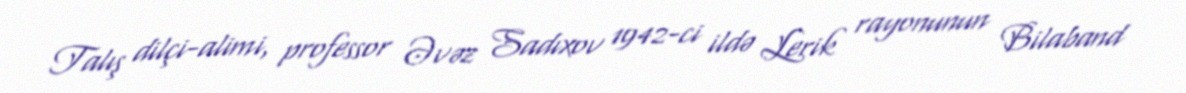
Talış dilçi-alimi, professor Əvəz Sadıxov 1942-ci ildə Lerik rayonunun Bilaband